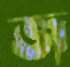
জ